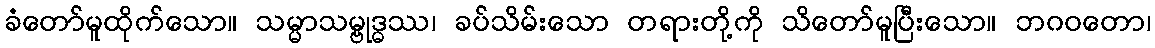
ခံတော်မူထိုက်သော။ သမ္မာသမ္ဗုဒ္ဓဿ၊ ခပ်သိမ်းသော တရားတို့ကို သိတော်မူပြီးသော။ ဘဂဝတော၊